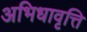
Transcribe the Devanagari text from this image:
अभिधावृत्ति